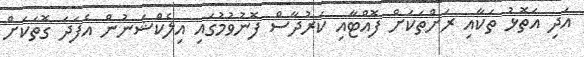
އަދި އަތޮޅު ތަކާއި ރަށްތަކަށް ފޮއްޓާއި ކަރުދާސް ފޮނުވުމުގައި އިލެކްޝަނުން އެފަދަ ގޮތަކަށް